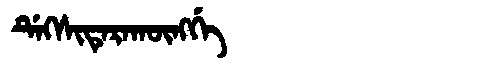
Manchu: ᡩᡝᡴᠰᡳᡨᡝᡵᠠᡴᡡᠩᡤᡝ
Romanization: DEKSITERAKŪNGGE